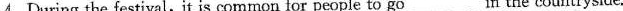
4.During the festival, it is common for people to go___in the countryside.